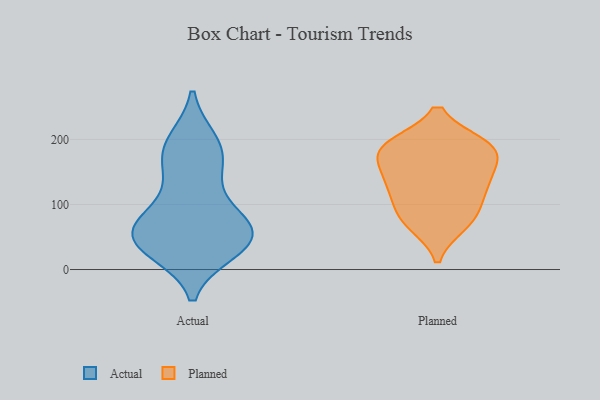
{"axis": {"x": "Headcount", "y": "Value"}, "legend": ["Actual", "Planned"], "data": [{"x": "", "y": 144, "type": "Actual"}, {"x": "", "y": 197, "type": "Actual"}, {"x": "", "y": 29, "type": "Actual"}, {"x": "", "y": 54, "type": "Actual"}, {"x": "", "y": 180, "type": "Actual"}, {"x": "", "y": 59, "type": "Actual"}, {"x": "", "y": 195, "type": "Actual"}, {"x": "", "y": 36, "type": "Actual"}, {"x": "", "y": 48, "type": "Actual"}, {"x": "", "y": 83, "type": "Actual"}, {"x": "", "y": 31, "type": "Actual"}, {"x": "", "y": 52, "type": "Actual"}, {"x": "", "y": 68, "type": "Actual"}, {"x": "", "y": 87, "type": "Actual"}, {"x": "", "y": 158, "type": "Actual"}, {"x": "", "y": 185, "type": "Planned"}, {"x": "", "y": 113, "type": "Planned"}, {"x": "", "y": 140, "type": "Planned"}, {"x": "", "y": 140, "type": "Planned"}, {"x": "", "y": 189, "type": "Planned"}, {"x": "", "y": 190, "type": "Planned"}, {"x": "", "y": 88, "type": "Planned"}, {"x": "", "y": 75, "type": "Planned"}, {"x": "", "y": 185, "type": "Planned"}, {"x": "", "y": 179, "type": "Planned"}, {"x": "", "y": 133, "type": "Planned"}, {"x": "", "y": 70, "type": "Planned"}]}